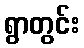
ရွာတွင်း